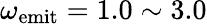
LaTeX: \omega_{\mathrm{emit}}=1.0\sim 3.0